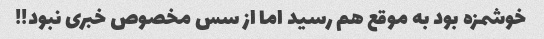
خوشمزه بود به موقع هم رسید اما از سس مخصوص خبری نبود!!